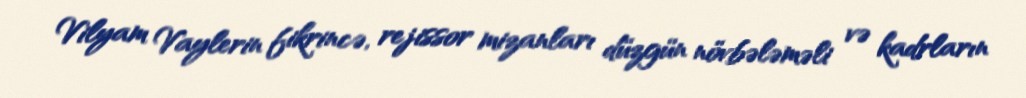
Vilyam Vaylerin fikrincə, rejissor mizanları düzgün növbələməli və kadrların